Vaccination in Bombay 1856-1862 - 1856-1862
Year: 1856
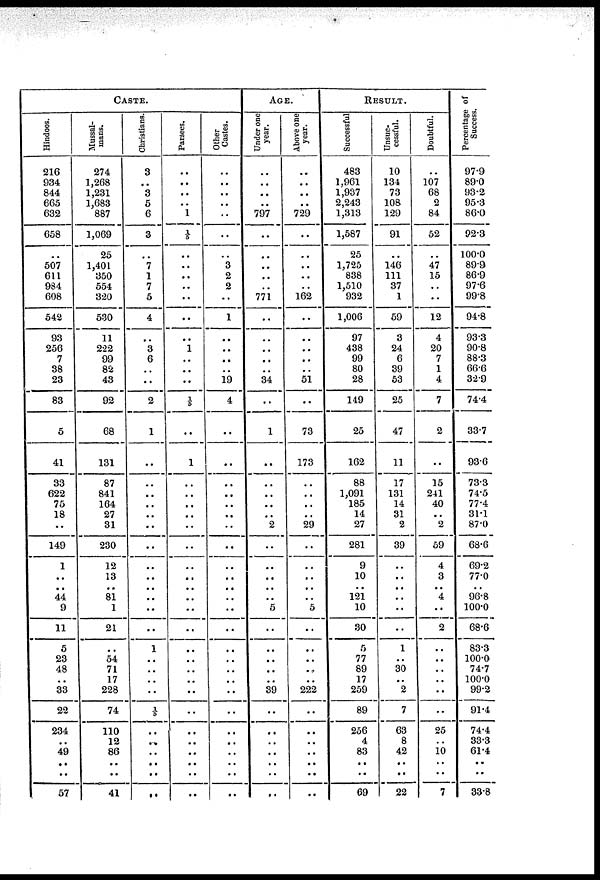
CASTE.
Hindoos.
216
934
844
665
632
658
..
507
611
984
608
542
93
256
7
38
23
83
5
41
33
622
75
18
..
149
1
..
44
9
11
5
23
48
..
33
22
234
..
49
..
..
57
Mussal-
mans.
274
1,268
1,231
1,683
887
1,069
25
1,401
350
554
320
530
11
222
99
82
43
92
68
131
87
841
164
27
31
230
12
13
81
1
21
..
54
71
17
228
74
110
12
86
..
..
41
Christians.
3
..
3
5
6
3
..
7
1
7
5
4
..
3
6
..
..
2
1
..
..
..
..
..
..
..
..
..
..
..
..
1
..
..
..
..
1/5
..
..
..
..
..
..
Parsees.
..
..
..
..
1
1/5
..
..
..
..
..
..
..
1
..
..
..
1/5
..
1
..
..
..
..
..
..
..
..
..
..
..
..
..
..
..
..
..
..
..
..
..
..
..
Other
Castes.
..
..
..
..
..
..
..
3
2
2
..
1
..
..
..
..
19
4
..
..
..
..
..
..
..
..
..
..
..
..
..
..
..
..
..
..
..
..
..
..
..
..
..
AGE.
Under one
year.
..
..
..
..
797
..
..
..
..
..
771
..
..
..
..
..
34
..
1
..
..
..
..
..
2
..
..
..
..
5
..
..
..
..
..
39
..
..
..
..
..
..
..
Above one
year.
..
..
..
..
729
..
..
..
..
..
162
..
..
..
..
..
51
..
73
173
..
..
..
..
29
..
..
..
..
5
..
..
..
..
..
222
..
..
..
..
..
..
..
RESULT.
Successful
483
1,961
1,937
2,243
1,313
1,587
25
1,725
838
1,510
932
1,006
97
438
99
80
28
149
25
162
88
1,091
185
14
27
281
9
10
121
10
30
5
77
89
17
259
89
256
4
83
..
..
69
Unsuc-
cessful.
10
134
73
108
129
91
..
146
111
37
1
59
3
24
6
39
53
25
47
11
17
131
14
31
2
39
..
..
..
..
..
1
..
30
..
2
7
63
8
42
..
..
22
Doubtful.
..
107
68
2
84
52
..
47
15
..
..
12
4
20
7
1
4
7
2
..
15
241
40
..
2
59
4
3
4
..
2
..
..
..
..
..
..
25
.. 10
..
..
7
Percentage of
Success.
97.9
89.0
93.2
95.3
86.0
92.3
100.0
89.9
86.9
97.6
99.8
94.8
93.3
90.8
88.3
66.6
32.9
74.4
33.7
93.6
73.3
74.5
77.4
31.1
87.0
68.6
69.2
77.0
96.8
100.0
68.6
83.3
100.0
74.7
100.0
99.2
91.4
74.4
33.3
61.4
..
..
33.8